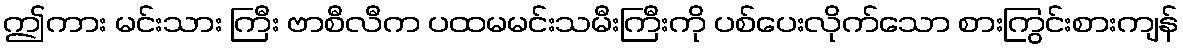
ဤကား မင်းသား ကြီး ဗာစီလီက ပထမမင်းသမီးကြီးကို ပစ်ပေးလိုက်သော စားကြွင်းစားကျန်